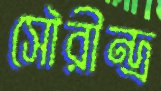
সৌরীন্দ্র